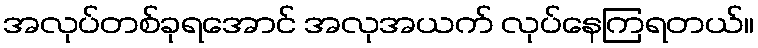
အလုပ်တစ်ခုရအောင် အလုအယက် လုပ်နေကြရတယ်။